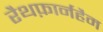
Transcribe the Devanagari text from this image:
रैथफ़ार्नहैम